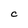
Character: C